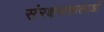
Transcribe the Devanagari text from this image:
संरक्षणशालाओं